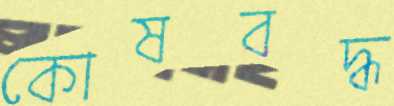
কোষবদ্ধ